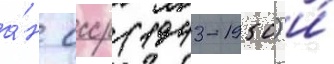
а́н ссср (1943-1950) и́